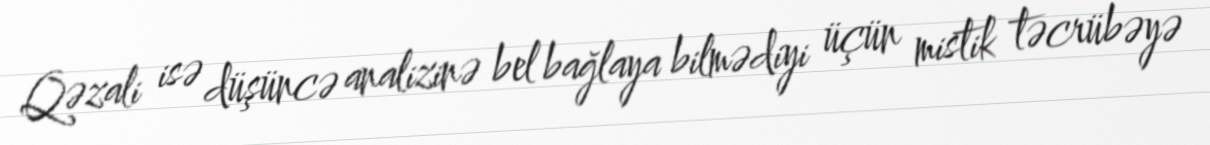
Qəzali isə düşüncə analizinə bel bağlaya bilmədiyi üçün mistik təcrübəyə